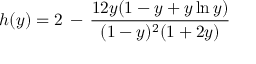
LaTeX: h ( y ) = 2 \, - \, { \frac { 1 2 y ( 1 - y + y \ln y ) } { ( 1 - y ) ^ { 2 } ( 1 + 2 y ) } }